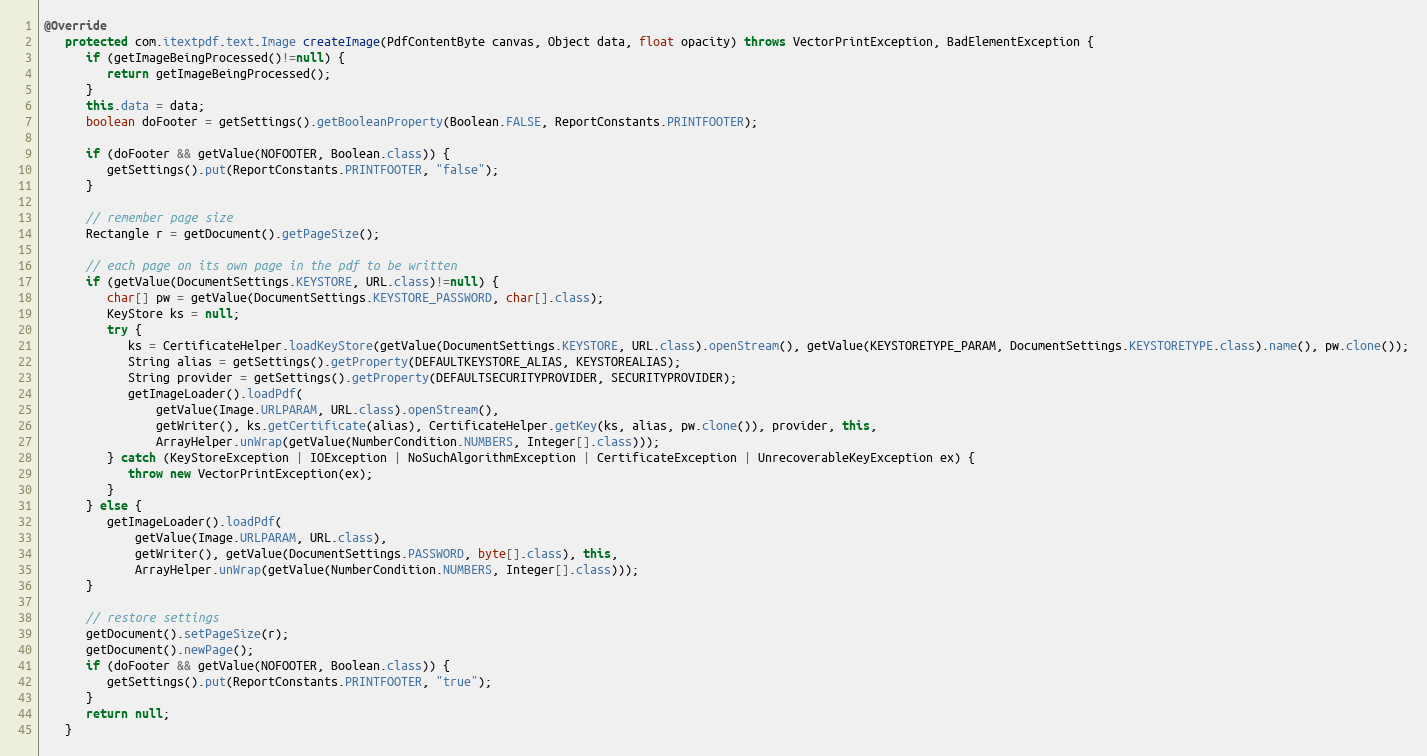
Language: Java
@Override
   protected com.itextpdf.text.Image createImage(PdfContentByte canvas, Object data, float opacity) throws VectorPrintException, BadElementException {
      if (getImageBeingProcessed()!=null) {
         return getImageBeingProcessed();
      }
      this.data = data;
      boolean doFooter = getSettings().getBooleanProperty(Boolean.FALSE, ReportConstants.PRINTFOOTER);

      if (doFooter && getValue(NOFOOTER, Boolean.class)) {
         getSettings().put(ReportConstants.PRINTFOOTER, "false");
      }

      // remember page size
      Rectangle r = getDocument().getPageSize();

      // each page on its own page in the pdf to be written
      if (getValue(DocumentSettings.KEYSTORE, URL.class)!=null) {
         char[] pw = getValue(DocumentSettings.KEYSTORE_PASSWORD, char[].class);
         KeyStore ks = null;
         try {
            ks = CertificateHelper.loadKeyStore(getValue(DocumentSettings.KEYSTORE, URL.class).openStream(), getValue(KEYSTORETYPE_PARAM, DocumentSettings.KEYSTORETYPE.class).name(), pw.clone());
            String alias = getSettings().getProperty(DEFAULTKEYSTORE_ALIAS, KEYSTOREALIAS);
            String provider = getSettings().getProperty(DEFAULTSECURITYPROVIDER, SECURITYPROVIDER);
            getImageLoader().loadPdf(
                getValue(Image.URLPARAM, URL.class).openStream(),
                getWriter(), ks.getCertificate(alias), CertificateHelper.getKey(ks, alias, pw.clone()), provider, this,
                ArrayHelper.unWrap(getValue(NumberCondition.NUMBERS, Integer[].class)));
         } catch (KeyStoreException | IOException | NoSuchAlgorithmException | CertificateException | UnrecoverableKeyException ex) {
            throw new VectorPrintException(ex);
         }
      } else {
         getImageLoader().loadPdf(
             getValue(Image.URLPARAM, URL.class),
             getWriter(), getValue(DocumentSettings.PASSWORD, byte[].class), this,
             ArrayHelper.unWrap(getValue(NumberCondition.NUMBERS, Integer[].class)));
      }

      // restore settings
      getDocument().setPageSize(r);
      getDocument().newPage();
      if (doFooter && getValue(NOFOOTER, Boolean.class)) {
         getSettings().put(ReportConstants.PRINTFOOTER, "true");
      }
      return null;
   }